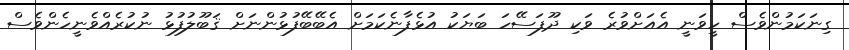
ގިނަކަމުންވެސް ހީވަނީ އެއަށްވުރެ ވަކި ދޫފަސޭހަ ބަޔަކު އުޅެފާނެކަމަށް އެބޭބޭފުޅުންނަށް ޤަބޫލުފުޅު ނުކުރެއްވެނީހެންވެސް